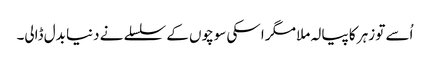
اُسے تو زہر کا پیالہ ملا مگر اسکی سوچوں کے سلسلے نے دنیا بدل ڈالی۔